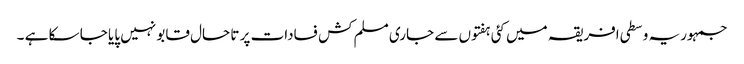
جمہوریہ وسطی افریقہ میں کئی ہفتوں سے جاری مسلم کش فسادات پر تا حال قابو نہیں پایا جا سکا ہے ۔